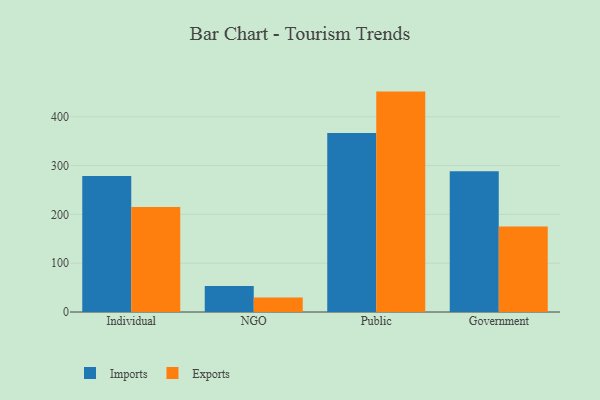
{"axis": {"x": "Segment", "y": "Population (Million)"}, "legend": ["Exports", "Imports"], "data": [{"x": "Individual", "y": 278.8, "type": "Imports"}, {"x": "Individual", "y": 215.3, "type": "Exports"}, {"x": "NGO", "y": 53.1, "type": "Imports"}, {"x": "NGO", "y": 29.9, "type": "Exports"}, {"x": "Public", "y": 366.8, "type": "Imports"}, {"x": "Public", "y": 451.6, "type": "Exports"}, {"x": "Government", "y": 288.4, "type": "Imports"}, {"x": "Government", "y": 175.0, "type": "Exports"}]}